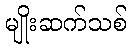
မျိုးဆက်သစ်